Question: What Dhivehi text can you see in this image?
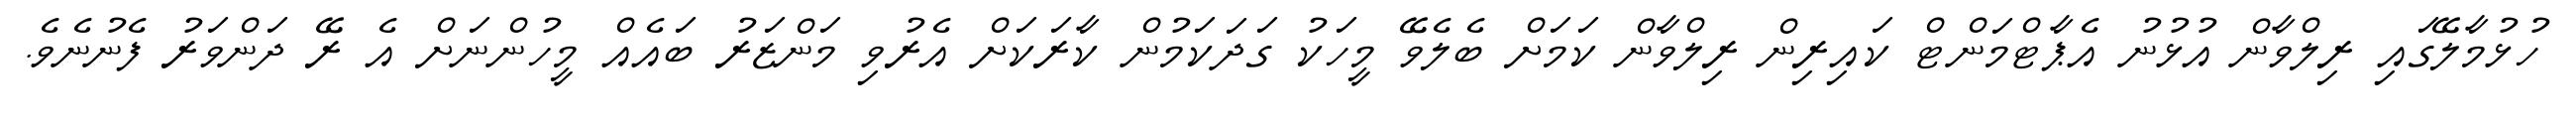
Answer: ހުޅުމާލޭގައި ރިލްވާން އުޅުނު އެޕާޓްމަންޓް ކައިރިން ރިލްވާން ކަމަށް ބެލެވޭ މީހަކު ގަދަކަމުން ކާރަކަށް އެރުވި މަންޒަރު ބައެއް މީހުންނަށް އެ ރޭ ދަންވަރު ފެނުނެވެ.